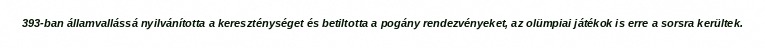
393-ban államvallássá nyilvánította a kereszténységet és betiltotta a pogány rendezvényeket, az olümpiai játékok is erre a sorsra kerültek.